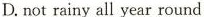
D.not rainy all year round